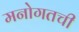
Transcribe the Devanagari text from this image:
मनोगतची